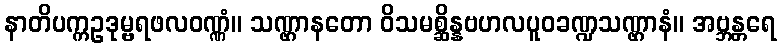
နာတိပက္ကဥဒုမ္ဗရဖလဝဏ္ဏံ။ သဏ္ဌာနတော ဝိသမစ္ဆိန္နဗဟလပူဝခဏ္ဍသဏ္ဌာနံ။ အဗ္ဘန္တရေ